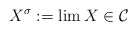
\begin{align*}X^\sigma := \lim X \in \mathcal C\end{align*}